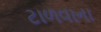
ટાળવાના